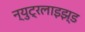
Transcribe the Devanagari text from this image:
न्युट्रलाइझ्ड